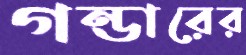
গন্ডারের